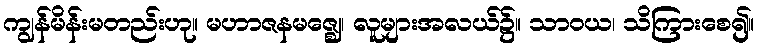
ကျွန်မိန်းမတည်းဟု။ မဟာဇနမဇ္ဈေ၊ လူများအလယ်၌။ သာဝယ၊ သိကြားစေ၍။